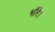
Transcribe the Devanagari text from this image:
भौंरे।